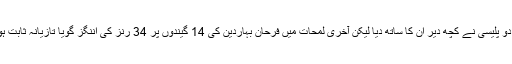
فف دو پلیسی نے کچھ دیر اُن کا ساتھ دیا لیکن آخری لمحات میں فرحان بہاردین کی 14 گیندوں پر 34 رنز کی اننگز گویا تازیانہ ثابت ہوئی۔